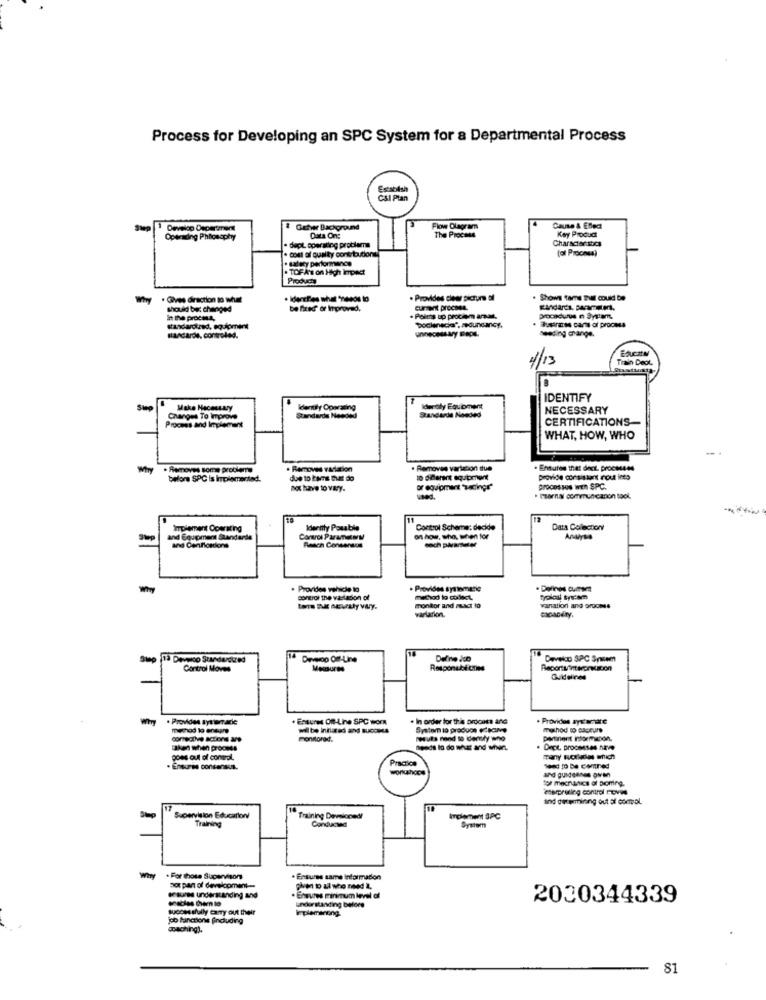
Process for Developing an SPC System for a Departmental Process
Establish
CSI Plan
# Getver Background
Flow Diagram
Cause & Effect
Operading Philosophy
Data On:
The Process
Characterstics
Key Product
- dept operating problems
(of Process)
. salecy performance
· cost of quality constitution
. TOFA's on High Impact
Products
· Caves Giraction to what
· Provides clear picture of
Shows tame Dal could be
should be: changed
be fired or improved.
current process.
In the procm4,
. Poles ap prociem anae.
"Docienscia", redundancy.
seeding change.
standards, controled.
1/12
Train Dock.
IDENTIFY
Make Mecessary
Identily Operating
Iderdly Equipment
NECESSARY
Changes To Improve
Standarde Needed
Standarde Nosded
CERTIFICATIONS-
Proces and Implement
WHAT, HOW, WHO
Why
. Removes some problems
Removes variation
Removes varlacon due
. Ensures that dect. processes
before SPC is implemented.
due to ENTE Det do
provide consistant rout into
not have to vary.
or equipment "secingr"
processos WEn SPC.
used.
· learnal communicanon Book.
11
Implement Oowrating
Identity Posable
Control Schema: decide
Data Collection
and Equiment Standards
Control Paramenu
of how, who, when for
and Confessions
Reach Consensus
. Provides vehicle lo
· Provides syawmærke
control the varlation of
method to collect
monitor and ausct to
warlarion.
vanation and groomss
Devono Off-Line
Define Job
Develco SPC System
Control Moves
Responubi Cies
Guidelines
. Provide systemrarie
. EAsunM On-Line SPC work
. In order for this procent ane
· Provides aystar are
wilbe intlarad and success
method to cloture
monitorod.
pertinent InformaDon.
Elken when process
desde lo do what and when ..
Dept. DROOMISA NEW
goes out of control.
Practice
to mechanics of Bioming.
eserpruling control toVe !!
and determining out of control.
Supervision Education
Training
Training Developed/
Implement SAC
Conducted
. For those Supervisors
. Ensures same Information
not part of develcoment --
. Ensures Finmum level of
2030344339
successfully carry out their
undkor standing before
implementng
job laanctions fincluding
coaching).
81